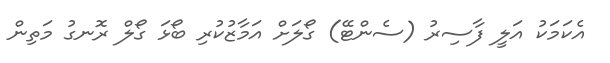
އެކަމަކު އަލީ ފާސިރު (ސެންޓޭ) ގޯލަށް އަމާޒުކުރި ބޯޅަ ގޯލް ރޮނގު މަތިން